Indian journal of veterinary science and animal husbandry - Volumes 28-29, 1958-1959
Year: 1958
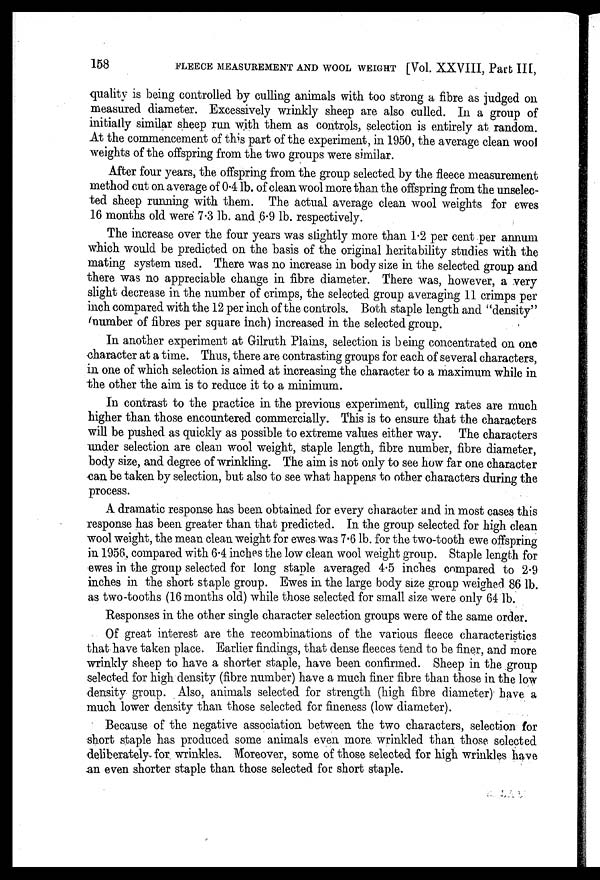
158
FLEECE MEASUREMENT AND WOOL WEIGHT [Vol. XXVIII, Part III,
quality is being controlled by culling animals with too strong a fibre as judged on
measured diameter. Excessively wrinkly sheep are also culled. In a group of
initially similar sheep run with them as controls, selection is entirely at random.
At the commencement of this part of the experiment, in 1950, the average clean wool
weights of the offspring from the two groups were similar.
After four years, the offspring from the group selected by the fleece measurement
method cut on average of 0.4 lb. of clean wool more than the offspring from the unselec-
ted sheep running with them. The actual average clean wool weights for ewes
16 months old were 7.3 lb. and 6.9 lb. respectively.
The increase over the four years was slightly more than 1.2 per cent per annum
which would be predicted on the basis of the original heritability studies with the
mating system used. There was no increase in body size in the selected group and
there was no appreciable change in fibre diameter. There was, however, a very
slight decrease in the number of crimps, the selected group averaging 11 crimps per
inch compared with the 12 per inch of the controls. Both staple length and "density"
number of fibres per square inch) increased in the selected group.
In another experiment at Gilruth Plains, selection is being concentrated on one
character at a time. Thus, there are contrasting groups for each of several characters,
in one of which selection is aimed at increasing the character to a maximum while in
the other the aim is to reduce it to a minimum.
In contrast to the practice in the previous experiment, culling rates are much
higher than those encountered commercially. This is to ensure that the characters
will be pushed as quickly as possible to extreme values either way. The characters
under selection are clean wool weight, staple length, fibre number, fibre diameter,
body size, and degree of wrinkling. The aim is not only to see how far one character
can be taken by selection, but also to see what happens to other characters during the
process.
A dramatic response has been obtained for every character and in most cases this
response has been greater than that predicted. In the group selected for high clean
wool weight, the mean clean weight for ewes was 7.6 lb. for the two-tooth ewe offspring
in 1956, compared with 6.4 inches the low clean wool weight group. Staple length for
ewes in the group selected for long staple averaged 4.5 inches compared to 2.9
inches in the short staple group. Ewes in the large body size group weighed 86 lb.
as two-tooths (16 months old) while those selected for small size were only 64 lb.
Responses in the other single character selection groups were of the same order.
Of great interest are the recombinations of the various fleece characteristics
that have taken place. Earlier findings, that dense fleeces tend to be finer, and more
wrinkly sheep to have a shorter staple, have been confirmed. Sheep in the group
selected for high density (fibre number) have a much finer fibre than those in the low
density group. Also, animals selected for strength (high fibre diameter) have a
much lower density than those selected for fineness (low diameter).
Because of the negative association between the two characters, selection for
short staple has produced some animals even more wrinkled than those selected
deliberately for wrinkles. Moreover, some of those selected for high wrinkles have
an even shorter staple than those selected for short staple.